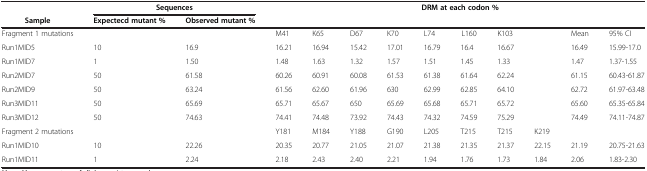
<table><thead><tr><td><b> </b></td><td colspan="2"><b>Sequences</b></td><td colspan="10"><b>DRM at each codon %</b></td></tr><tr><td><b>Sample</b></td><td><b>Expectecd mutant %</b></td><td><b>Observed mutant %</b></td><td colspan="10"><b> </b></td></tr></thead><tbody><tr><td>Fragment 1 mutations</td><td> </td><td> </td><td>M41</td><td>K65</td><td>D67</td><td>K70</td><td>L74</td><td>L160</td><td>K103</td><td> </td><td>Mean</td><td>95% CI</td></tr><tr><td>Run1MID5</td><td>10</td><td>16.9</td><td>16.21</td><td>16.94</td><td>15.42</td><td>17.01</td><td>16.79</td><td>16.4</td><td>16.67</td><td> </td><td>16.49</td><td>15.99-17.0</td></tr><tr><td>Run1MID7</td><td>1</td><td>1.50</td><td>1.48</td><td>1.63</td><td>1.32</td><td>1.57</td><td>1.51</td><td>1.45</td><td>1.33</td><td> </td><td>1.47</td><td>1.37-1.55</td></tr><tr><td>Run2MID7</td><td>50</td><td>61.58</td><td>60.26</td><td>60.91</td><td>60.08</td><td>61.53</td><td>61.38</td><td>61.64</td><td>62.24</td><td> </td><td>61.15</td><td>60.43-61.87</td></tr><tr><td>Run2MID9</td><td>50</td><td>63.24</td><td>61.56</td><td>62.60</td><td>61.96</td><td>630</td><td>62.99</td><td>62.85</td><td>64.10</td><td> </td><td>62.72</td><td>61.97-63.48</td></tr><tr><td>Run3MID11</td><td>50</td><td>65.69</td><td>65.71</td><td>65.67</td><td>650</td><td>65.69</td><td>65.68</td><td>65.71</td><td>65.72</td><td> </td><td>65.60</td><td>65.35-65.84</td></tr><tr><td>Run3MID12</td><td>50</td><td>74.63</td><td>74.41</td><td>74.48</td><td>73.92</td><td>74.43</td><td>74.32</td><td>74.59</td><td>75.29</td><td> </td><td>74.49</td><td>74.11-74.87</td></tr><tr><td>Fragment 2 mutations</td><td> </td><td> </td><td>Y181</td><td>M184</td><td>Y188</td><td>G190</td><td>L205</td><td>T215</td><td>T215</td><td>K219</td><td> </td><td> </td></tr><tr><td>Run1MID10</td><td>10</td><td>22.26</td><td>20.35</td><td>20.77</td><td>21.05</td><td>21.07</td><td>21.38</td><td>21.35</td><td>21.37</td><td>22.15</td><td>21.19</td><td>20.75-21.63</td></tr><tr><td>Run1MID11</td><td>1</td><td>2.24</td><td>2.18</td><td>2.43</td><td>2.40</td><td>2.21</td><td>1.94</td><td>1.76</td><td>1.73</td><td>1.84</td><td>2.06</td><td>1.83-2.30</td></tr></tbody></table>